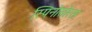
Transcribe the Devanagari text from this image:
स्‍पिनोसोरस